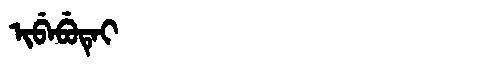
Manchu: ᡳᠪᡝᠪᡠᡨᡝᡳ
Romanization: IBEBUTEI